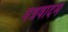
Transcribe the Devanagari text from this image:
मंत्रवादम